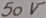
Text: 50V